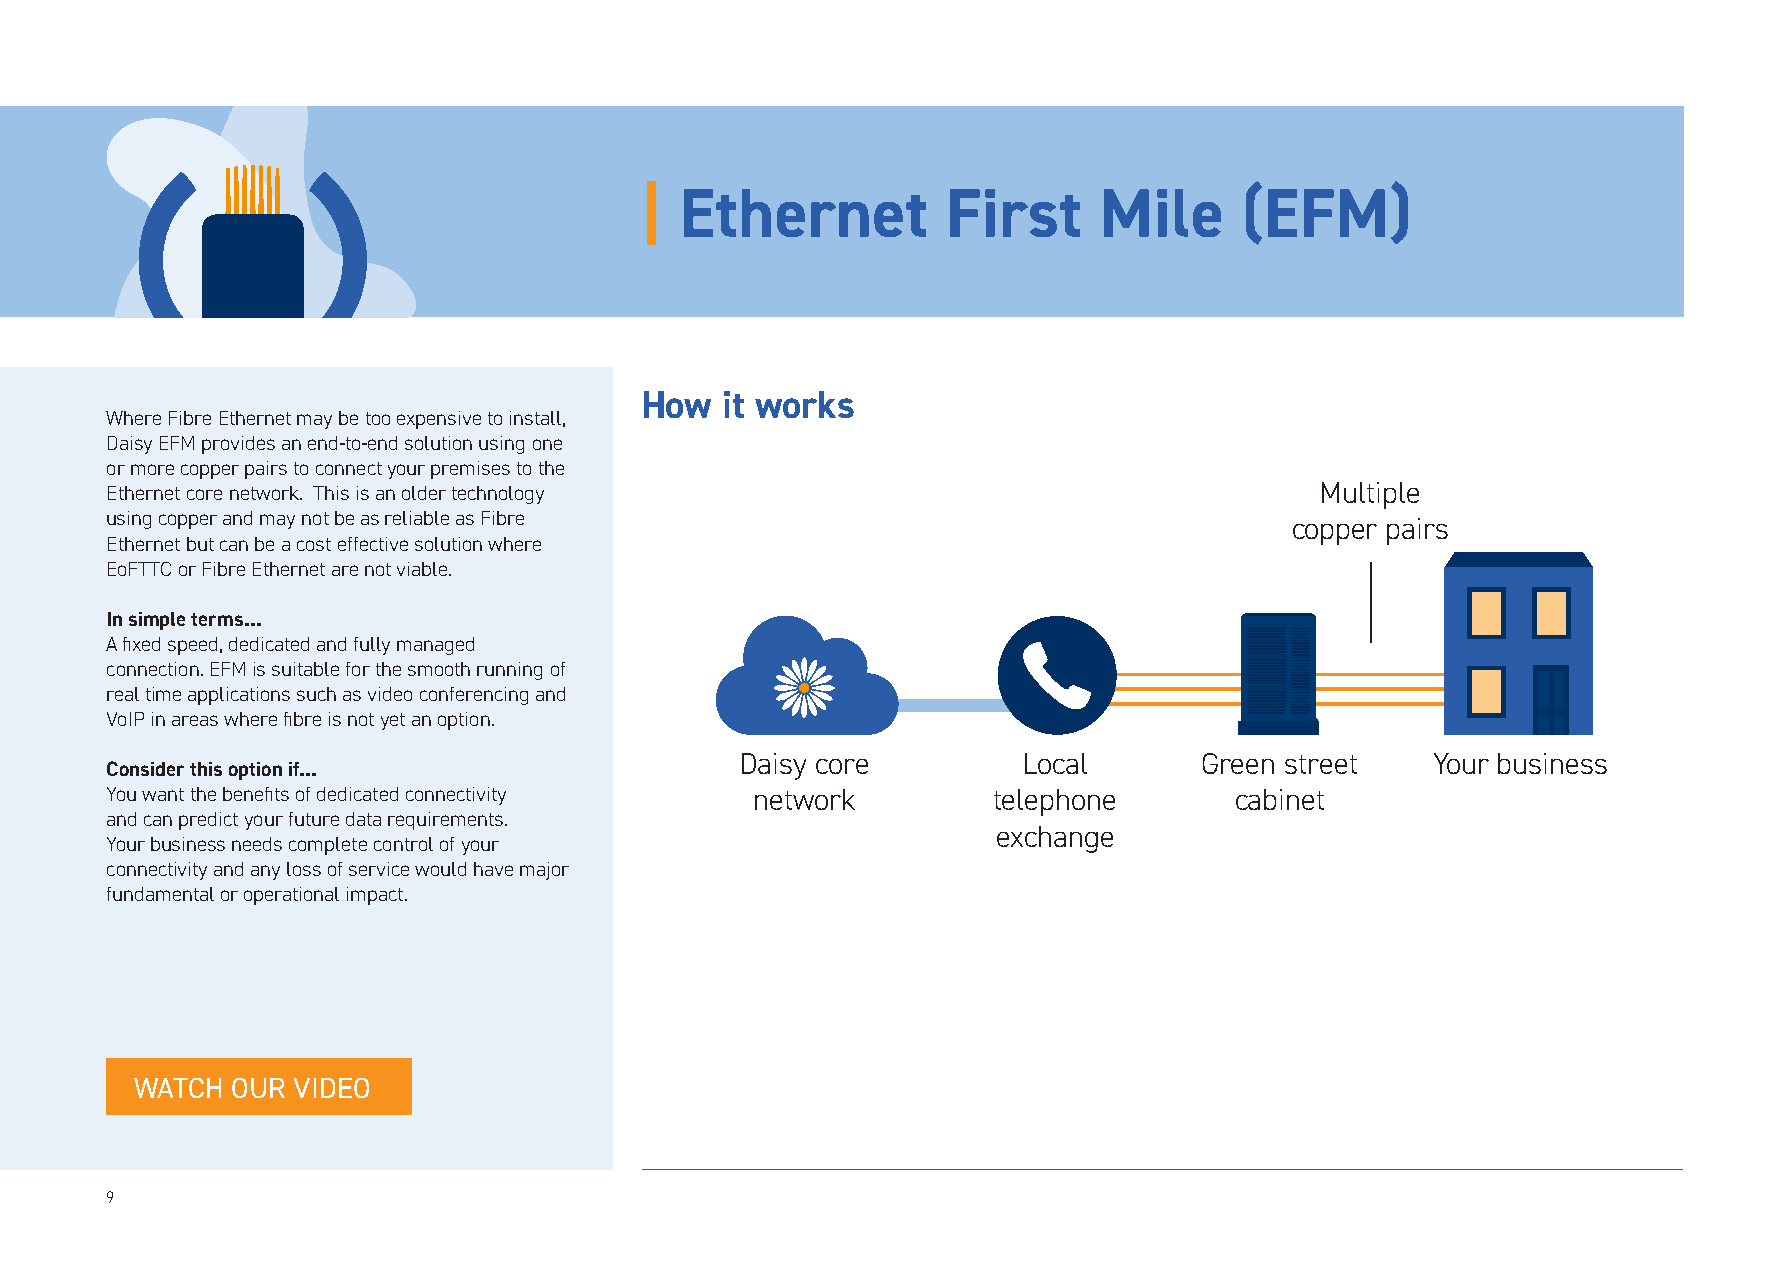
|  Ethernet          First     Mile     (EFM)
 How   it works
 Where Fibre Ethernet may be too expensive to install,
 Daisy EFM provides an end-to-end solution using one
 or more copper pairs to connect your premises to the
 Ethernet core network. This is an older technology                              Multiple
 using copper and may not be as reliable as Fibre
 copper pairs
 Ethernet but can be a cost effective solution where
 EoFTTC or Fibre Ethernet are not viable.
 In simple terms...
 A fixed speed, dedicated and fully managed
 connection. EFM is suitable for the smooth running of
 real time applications such as video conferencing and
 VoIP in areas where fibre is not yet an option.
 Daisy core         Local       Green street   Your business
 Consider this option if...
 You want the benefits of dedicated connectivity network    telephone       cabinet
 and can predict your future data requirements.
 exchange
 Your business needs complete control of your
 connectivity and any loss of service would have major
 fundamental or operational impact.
 WATCH OUR VIDEO
 9